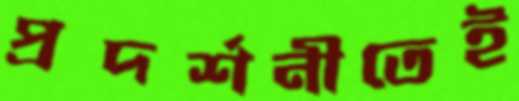
প্রদর্শনীতেই